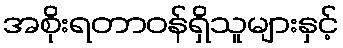
အစိုးရတာဝန်ရှိသူများနှင့်